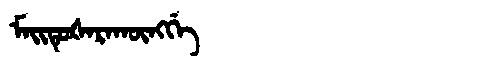
Manchu: ᠮᠠᡳᡨᡠᡧᠠᡵᠠᡴᡡᠩᡤᡝ
Romanization: MAITUŠARAKŪNGGE